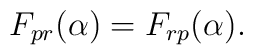
F_{pr}(\alpha )=F_{rp}(\alpha ).